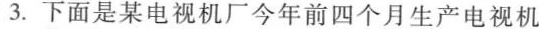
3.下面是某电视机厂今年前四个月生产电视机